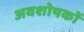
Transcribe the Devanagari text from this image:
अवशोषकों